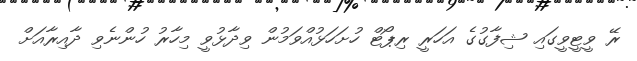
ރޭ ވީޓީވީގައި ޝިފާގުގެ އަހަރީ ރިޕޯޓް ހުށަހަޅުއްވަމުން ވިދާޅުވީ މިހާރު ހުންނެވި ދާއިރާއަށް